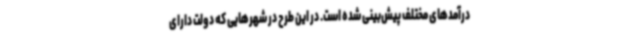
درآمدهای مختلف پیش‌بینی شده است. در این طرح در شهرهایی که دولت دارای